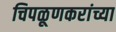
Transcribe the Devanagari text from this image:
चिपळूणकरांच्या